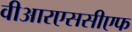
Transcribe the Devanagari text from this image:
वीआरएससीएफ